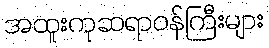
အထူးကုဆရာဝန်ကြီးများ